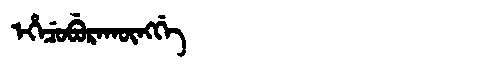
Manchu: ᡝᡥᡝᠴᡠᠪᡠᡵᠠᡴᡡᠩᡤᡝ
Romanization: EHECUBURAKŪNGGE